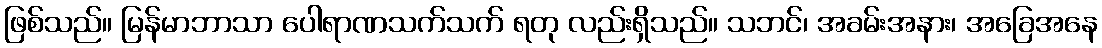
ဖြစ်သည်။ မြန်မာဘာသာ ပေါရာဏသက်သက် ရတု လည်းရှိသည်။ သဘင်၊ အခမ်းအနား၊ အခြေအနေ